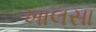
ખાલસા